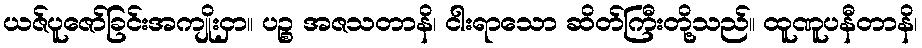
ယဇ်ပူဇော်ခြင်းအကျိုးငှာ။ ပဉ္စ အဇသတာနိ၊ ငါးရာသော ဆိတ်ကြီးတို့သည်။ ထူဏူပနီတာနိ၊